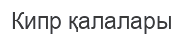
Кипр қалалары